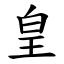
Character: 皇